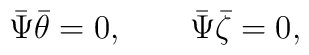
\bar\Psi \bar\theta =0,\qquad\bar\Psi \bar\zeta =0,